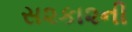
સ૨કા૨ની